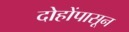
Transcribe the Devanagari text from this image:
दोहोंपासून